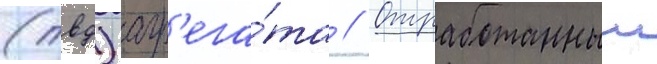
(твд) агр'ега́та // Отработанныи